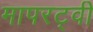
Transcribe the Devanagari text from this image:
मापरट्वी